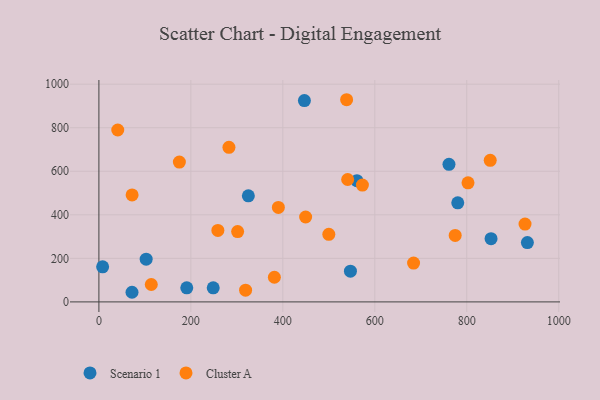
{"axis": {"x": "Price", "y": "Exam Score"}, "legend": ["Cluster A", "Scenario 1"], "data": [{"x": "561.1", "y": 556.7, "type": "Scenario 1"}, {"x": "191.1", "y": 64.6, "type": "Scenario 1"}, {"x": "446.9", "y": 924.9, "type": "Scenario 1"}, {"x": "72.0", "y": 44.2, "type": "Scenario 1"}, {"x": "547.0", "y": 141.1, "type": "Scenario 1"}, {"x": "761.3", "y": 632.1, "type": "Scenario 1"}, {"x": "852.8", "y": 290.4, "type": "Scenario 1"}, {"x": "8.1", "y": 161.1, "type": "Scenario 1"}, {"x": "780.4", "y": 454.9, "type": "Scenario 1"}, {"x": "931.8", "y": 272.3, "type": "Scenario 1"}, {"x": "325.0", "y": 487.0, "type": "Scenario 1"}, {"x": "102.8", "y": 196.2, "type": "Scenario 1"}, {"x": "248.6", "y": 64.5, "type": "Scenario 1"}, {"x": "72.2", "y": 491.2, "type": "Cluster A"}, {"x": "802.7", "y": 547.0, "type": "Cluster A"}, {"x": "113.9", "y": 80.0, "type": "Cluster A"}, {"x": "41.0", "y": 789.6, "type": "Cluster A"}, {"x": "381.6", "y": 113.3, "type": "Cluster A"}, {"x": "774.8", "y": 305.3, "type": "Cluster A"}, {"x": "851.0", "y": 650.2, "type": "Cluster A"}, {"x": "926.7", "y": 357.5, "type": "Cluster A"}, {"x": "390.3", "y": 434.1, "type": "Cluster A"}, {"x": "538.7", "y": 928.6, "type": "Cluster A"}, {"x": "175.0", "y": 642.4, "type": "Cluster A"}, {"x": "258.7", "y": 328.4, "type": "Cluster A"}, {"x": "684.3", "y": 178.2, "type": "Cluster A"}, {"x": "449.6", "y": 389.9, "type": "Cluster A"}, {"x": "541.0", "y": 562.1, "type": "Cluster A"}, {"x": "301.7", "y": 323.1, "type": "Cluster A"}, {"x": "573.0", "y": 536.7, "type": "Cluster A"}, {"x": "500.0", "y": 310.5, "type": "Cluster A"}, {"x": "282.8", "y": 710.1, "type": "Cluster A"}, {"x": "319.0", "y": 53.9, "type": "Cluster A"}]}